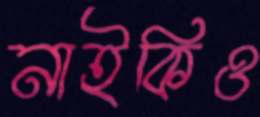
নাইকিও